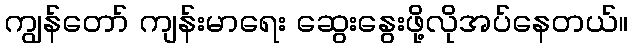
ကျွန်တော် ကျန်းမာရေး ဆွေးနွေးဖို့လိုအပ်နေတယ်။